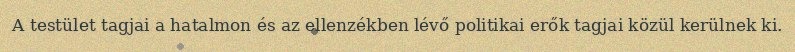
A testület tagjai a hatalmon és az ellenzékben lévő politikai erők tagjai közül kerülnek ki.